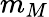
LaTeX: m_{M}